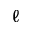
\ell